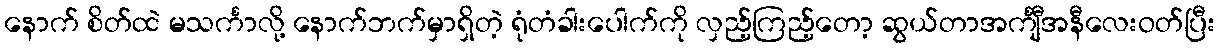
နောက် စိတ်ထဲ မသင်္ကာလို့ နောက်ဘက်မှာရှိတဲ့ ရုံတံခါးပေါက်ကို လှည့်ကြည့်တော့ ဆွယ်တာအင်္ကျီအနီလေးဝတ်ပြီး